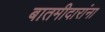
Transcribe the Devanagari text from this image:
बातमीदारांना